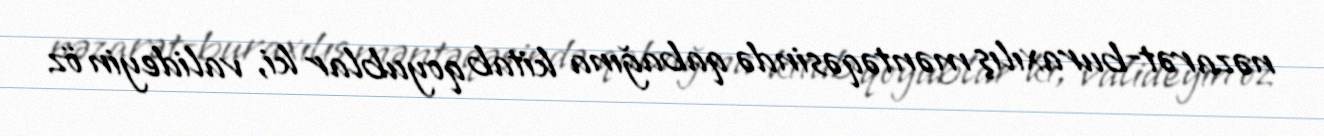
nəzarət-buraxılış məntəqəsində qabağına kitab qoyublar ki, valideyin öz